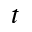
t